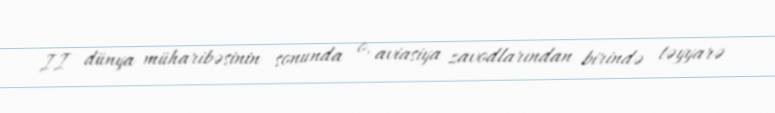
II dünya müharibəsinin sonunda o, aviasiya zavodlarından birində təyyarə